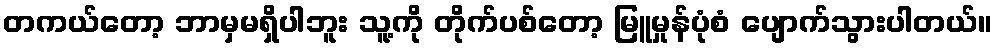
တကယ်တော့ ဘာမှမရှိပါဘူး သူ့ကို တိုက်ပစ်တော့ မြူမှုန်ပုံစံ ပျောက်သွားပါတယ်။